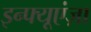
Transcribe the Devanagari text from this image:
इन्फ्यूएंज़ा